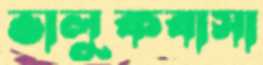
ভালুকবাসা